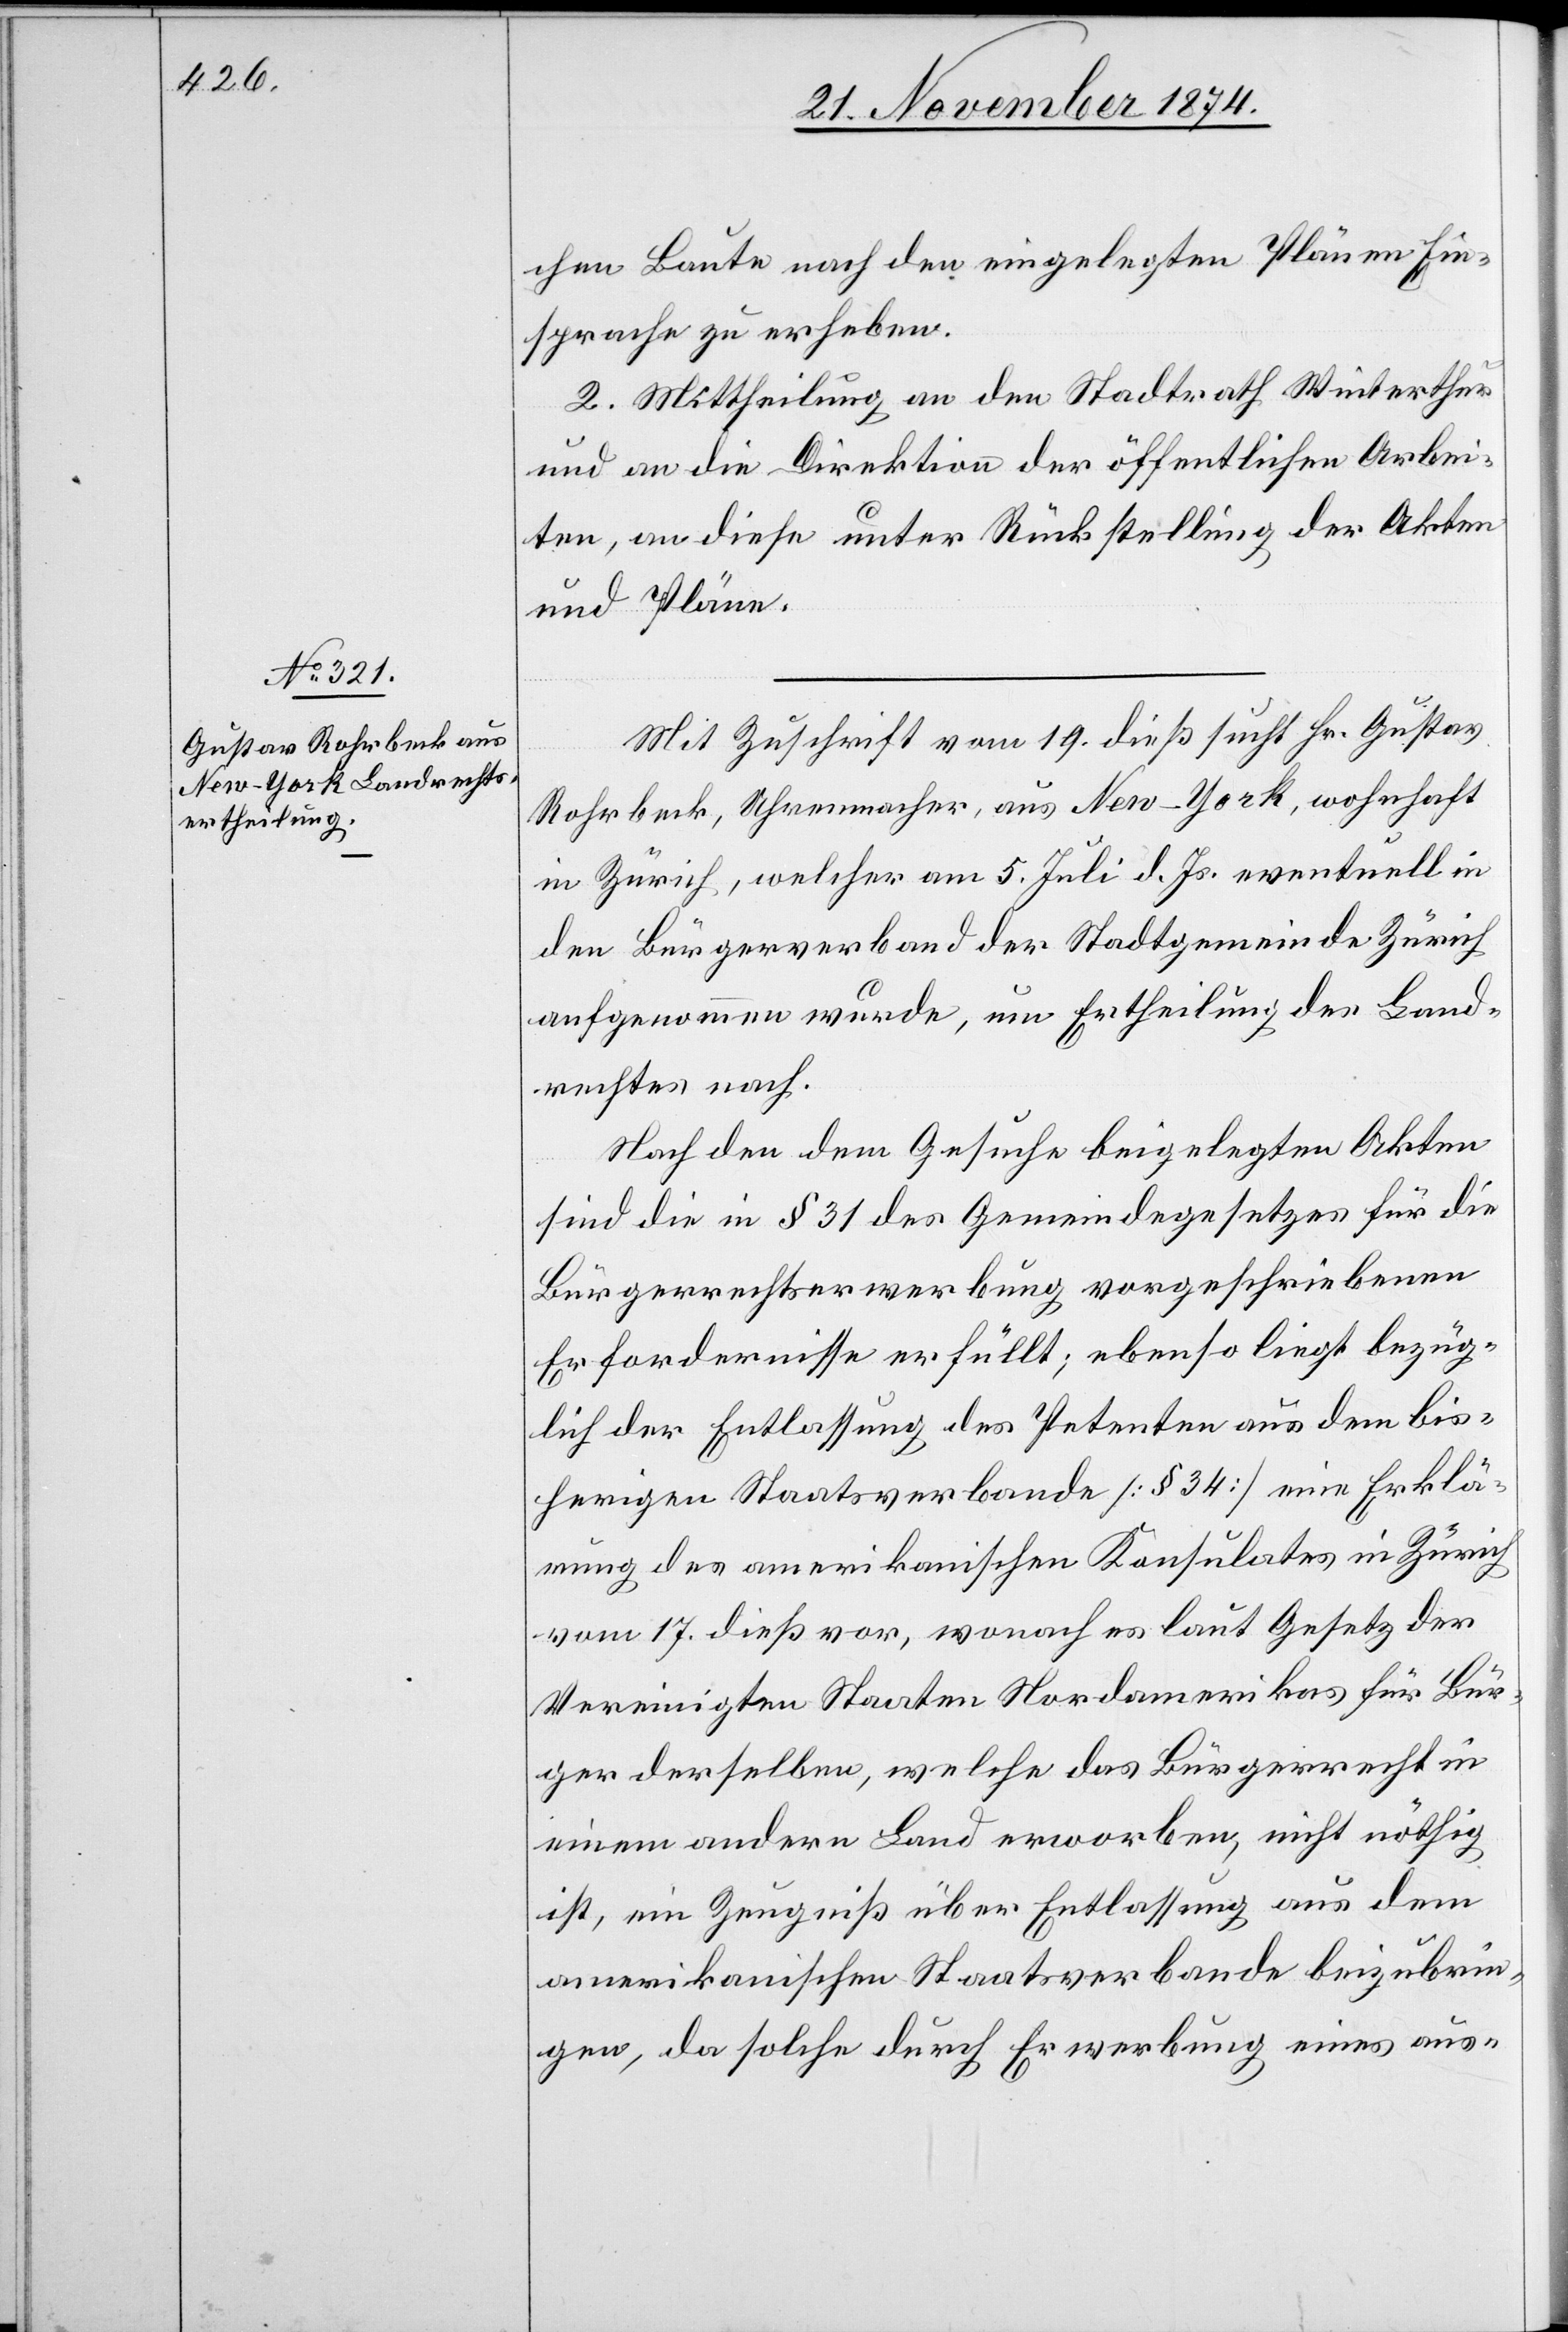
chen Baute nach den eingelegten Plänen Ein¬
sprache zu erheben.
2. Mittheilung an den Stadtrath Winterthur
und an die Direktion der öffentlichen Arbei¬
ten, an diese unter Rückstellung der Akten
und Pläne.